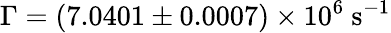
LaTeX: \Gamma=(7.0401\pm 0.0007)\times 10^{6}\ \mathrm{s}^{-1}